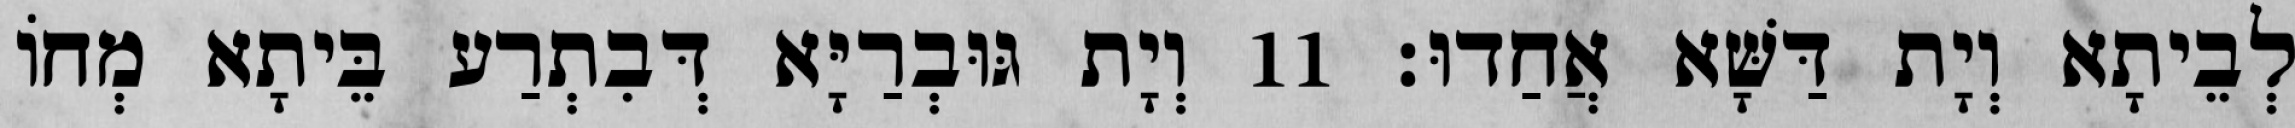
לְבֵיתָא וְיָת דַּשָּׁא אֲחַדוּ׃ 11 וְיָת גּוּבְרַיָּא דְּבִתְרַע בֵּיתָא מְחוֹ